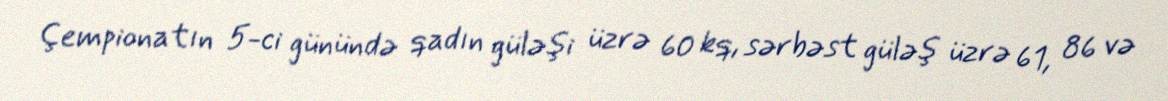
Çempionatın 5-ci günündə qadın güləşi üzrə 60 kq, sərbəst güləş üzrə 61, 86 və